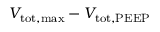
V _ { \mathrm { t o t , m a x } } - V _ { \mathrm { t o t , P E E P } }